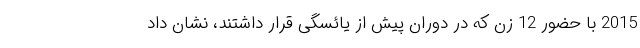
2015 با حضور 12 زن که در دوران پیش از یائسگی قرار داشتند، نشان داد